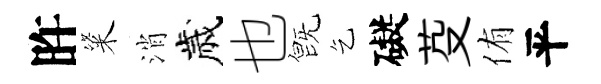
旿粢消歲也旣乞礙芟侑平